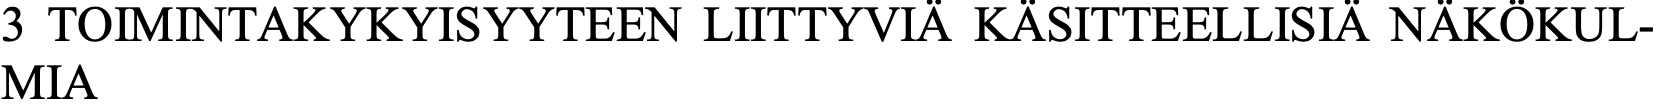
3 TOIMINTAKYKYISYYTEEN LIITTYVIÄ KÄSITTEELLISIÄ NÄKÖKUL- MIA